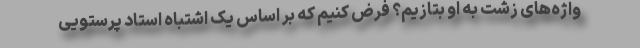
واژه‌های زشت به او بتازيم؟ فرض کنیم که بر اساس یک اشتباه استاد پرستویی